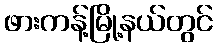
ဖားကန့်မြို့နယ်တွင်